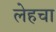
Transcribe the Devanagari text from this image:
लेहचा